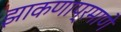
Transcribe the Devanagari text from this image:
झाकणाप्रमाणे